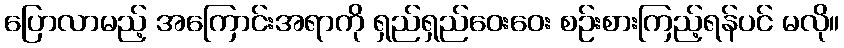
ပြောလာမည့် အကြောင်းအရာကို ရှည်ရှည်ဝေးဝေး စဉ်းစားကြည့်ရန်ပင် မလို။